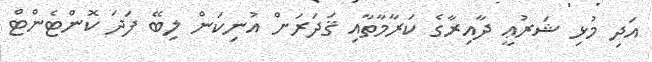
އަދި މުޅި ޝަރުޢީ ދާއިރާގެ ކަރާމާތާއި ޤަދަރަށް އުނިކަން ލިބޭ ފަދަ ކޮންޓެންޓް